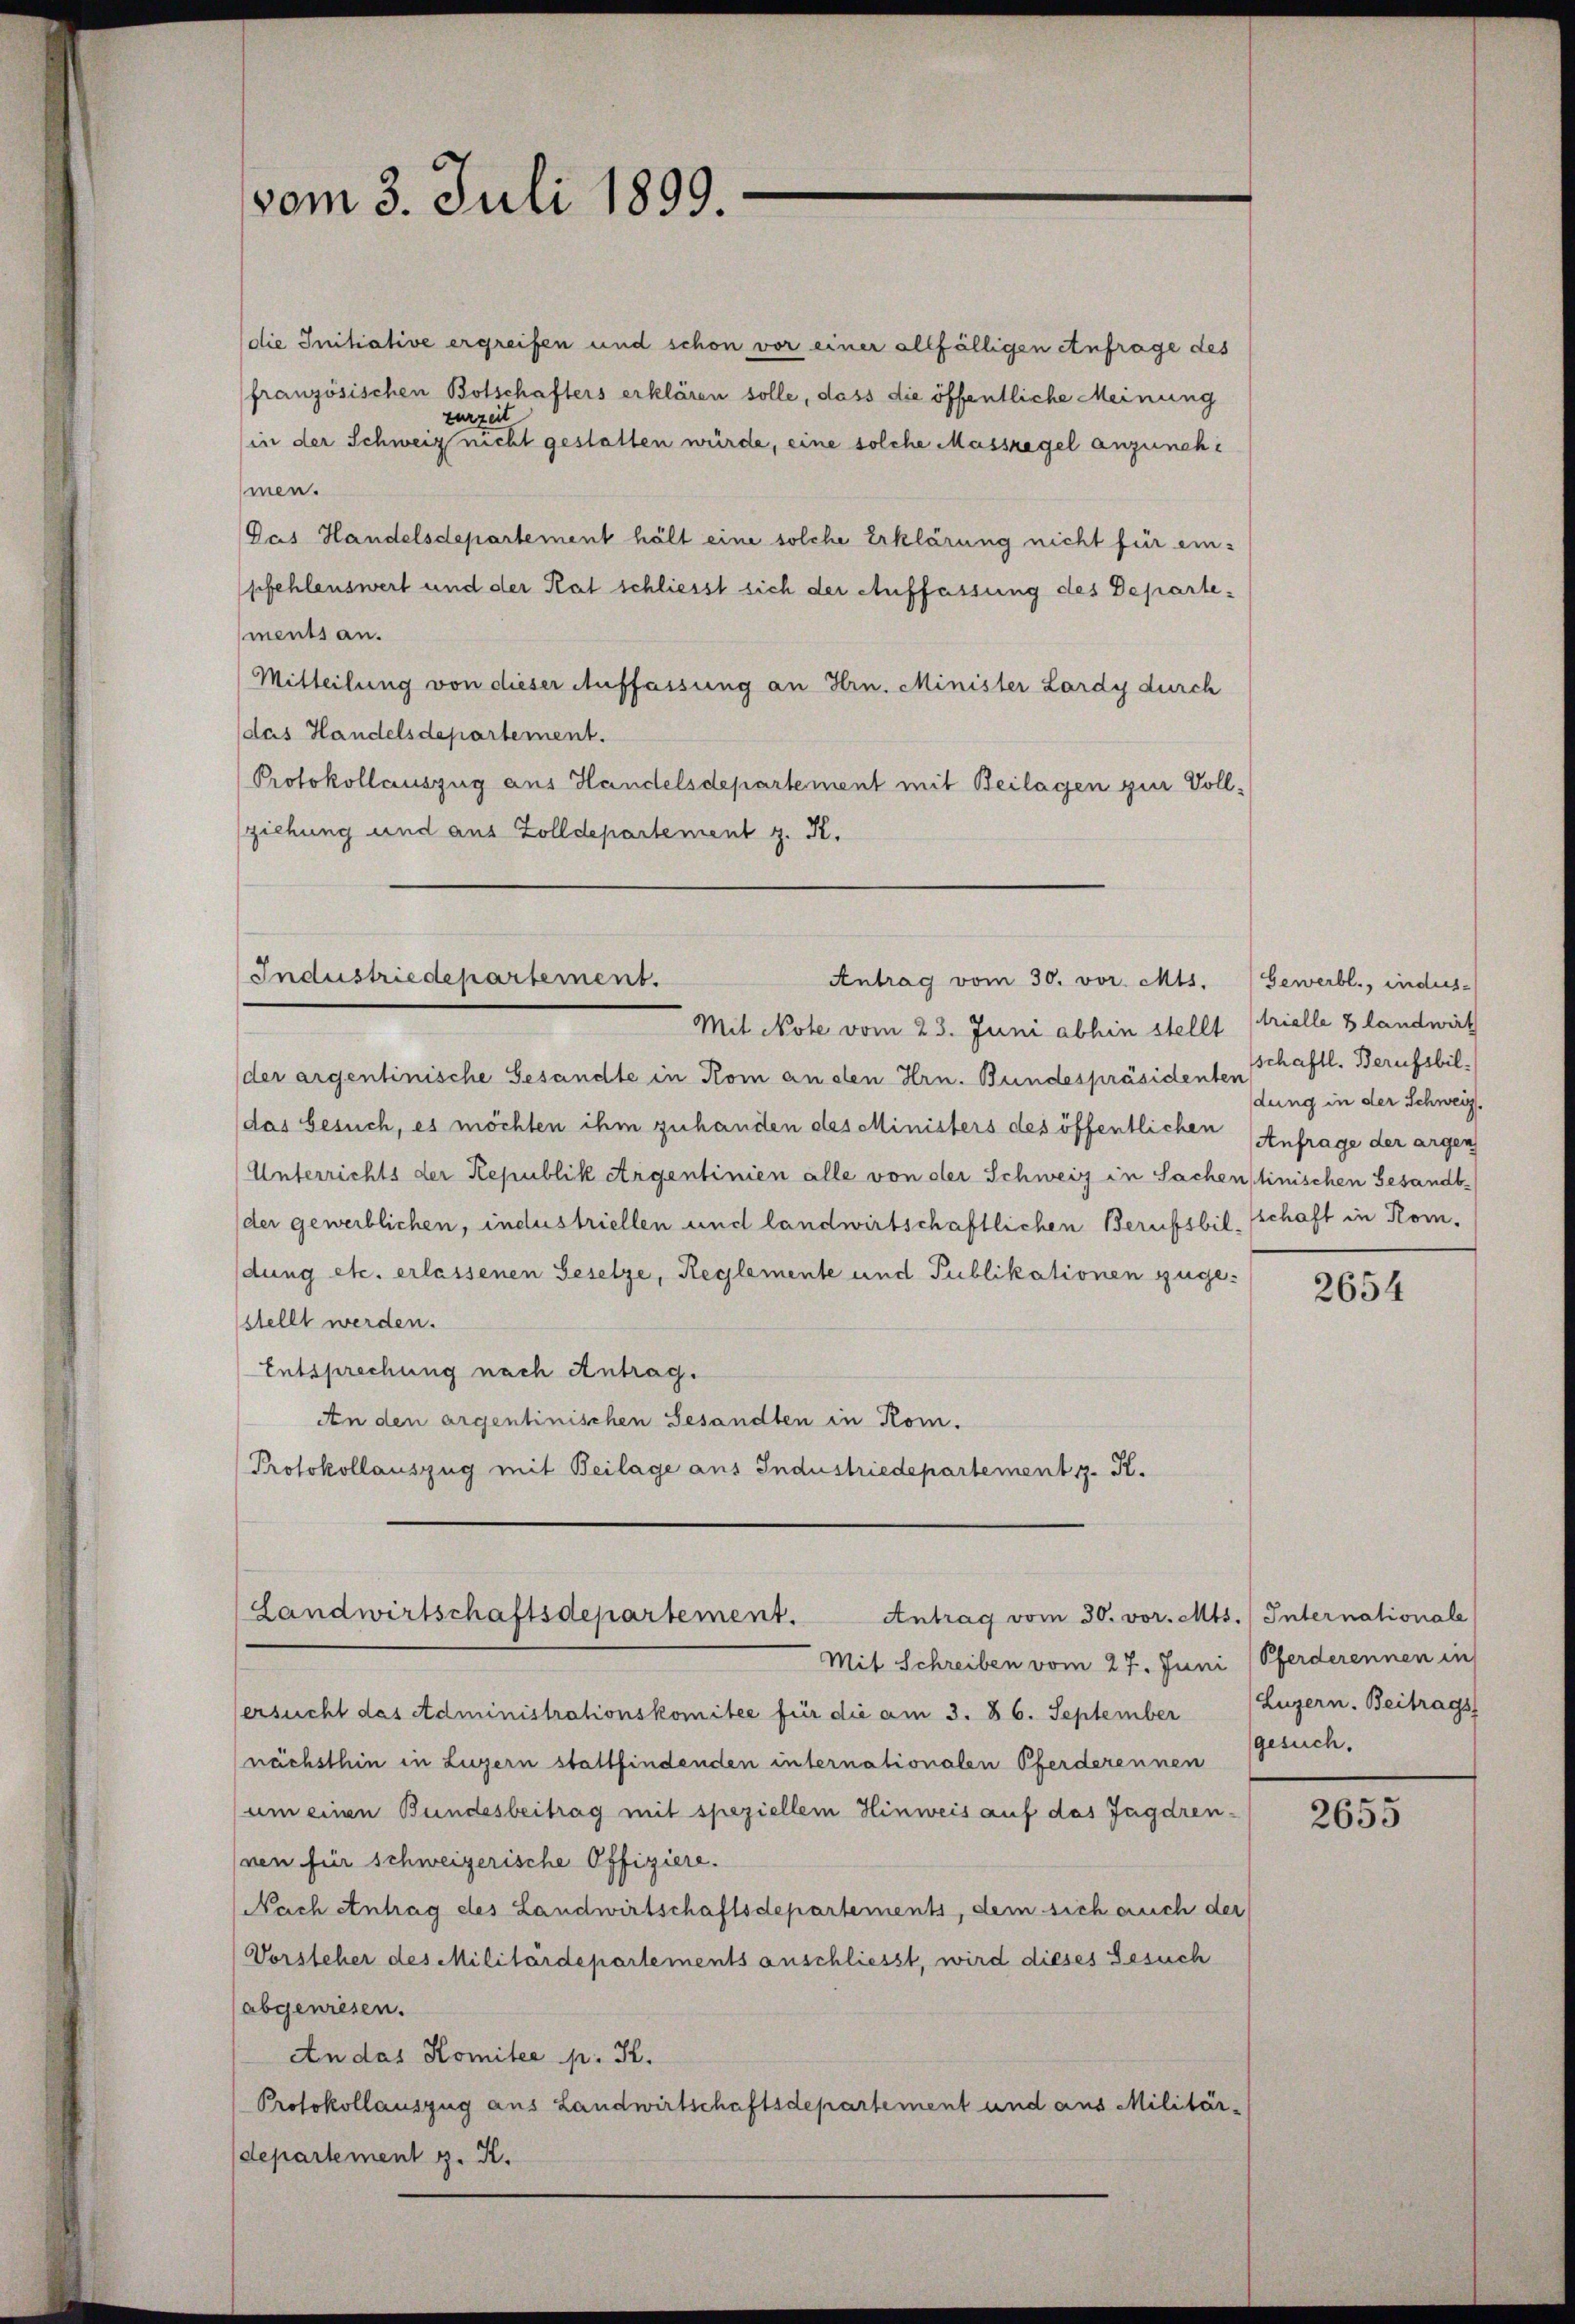
(die Initiative ergreifen und schon vor einer allfälligen Anfrage des
französischen Botschafters erklären solle, dass die öffentliche Meinung
zurzeit
in der Schweiz nicht gestatten würde, eine solche Massregel anzunehe
men.
Gas Handelsdepartement hält eine solche Erklärung nicht für einsfehlenswert und der Rat schliesst sich der Auffassung des Departements an.
Mitteilung von dieser Auffassung an Hrn. Minister Lardy durch
das Handelsdepartement.
Protokollauszug aus Handelsdepartement mit Beilagen zur Vollziehung und aus Zolldepartement z. K.

vom 3. Juli 1899.

Industriedepartement.
Antrag vom 30. vor. Mts.

Mit Note vom 23. Juni abhin stellt (trielle 3 landwirt
der argenlinische Gesandte in Kom an den Hrn. Bundespräsidenten schaftl. Berufsbil-
das besuch, es möchten ihm zuhanden des Ministers des öffentlichen Anfrage der argen
Unterrichts der Republik Argentinien alle von der Schweiz in Sachenlinischen Gesandt-
der gewerblichen, industriellen und landwirtschaftlichen Berufsbil-(schaft in Komdung etc. erlassenen Gesetze, Reglemente und Publikationen zuge-
stellt werden.
Entsprechung nach Antrag.
An den argentinischen Gesandten in Kom.
Protokollauszug mit Beilage aus Industriedepartement z. R.

Landwirtschaftsdepartement.
Antrag vom 30. vor. Mts. Internationale
Mit Schreiben vom 27. Juni (Pferderennen in

Gewerbl., indus
dung in der Schweiz.

ersucht das Administrationskomitee für die am 3. 86. September
nächsthin in Luzern stattfindenden internationalen Pferderennen
um einen Bundesbeitrag mit speziellem Hinweis auf das Jagdren-
ven für schweizerische Offiziere.
Nach Antrag des Landwirtschaftsdepartements, dem sich auch der
Vorsteher des Militärdepartements anschliesst, wird dieses Gesuch
(abgewiesen.
An das Komitee p. K.
Protokollauszug aus Landwirtschaftsdepartement und aus Militär-
departement z. K.

2654

Luzern. Beitrags
gesuch.

2655